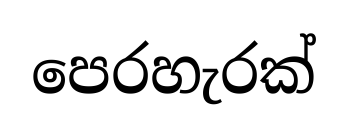
පෙරහැරක්